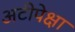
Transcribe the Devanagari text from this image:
अटीपेक्षा